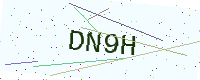
Text: DN9H